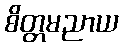
စိတ္တမညာယ